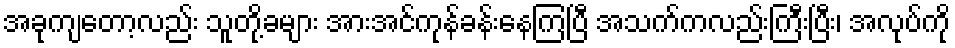
အခုကျတော့လည်း သူတို့ခများ အားအင်ကုန်ခန်းနေကြပြီ အသက်ကလည်းကြီးပြီး၊ အလုပ်ကို